Account of plague administration in the Bombay Presidency from September 1896 till May 1897
Year: 1896
Disease focus: Plague
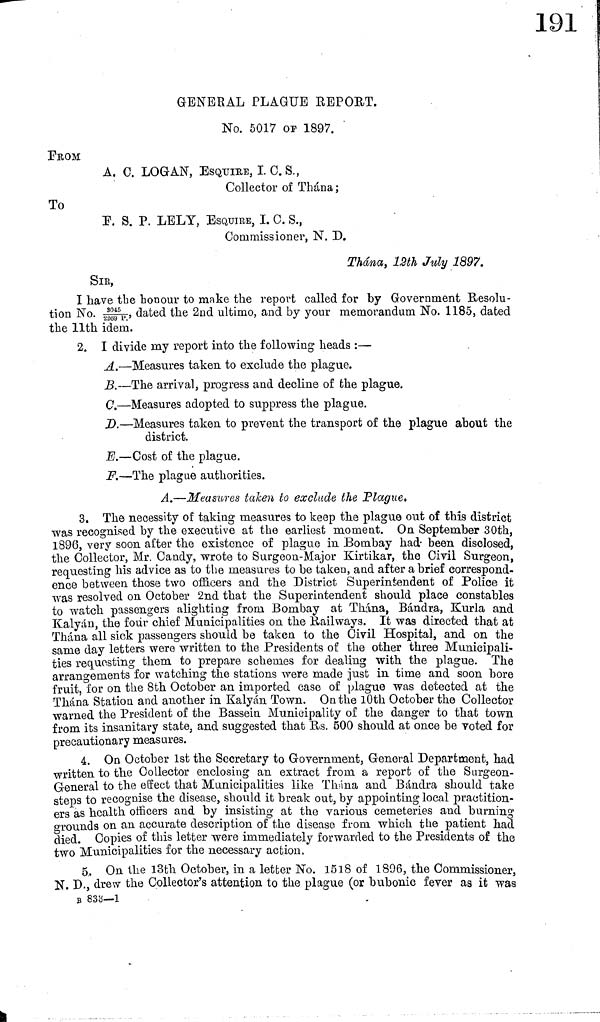
GENERAL PLAGUE REPORT.
No. 5017 OF 1897.
FROM
A. C. LOGAN, ESQUIRE, I. C. S.,
Collector of Thána;
To
F. S. P. LELY, ESQUIRE, I. C. S.,
Commissioner, N. D.
Thána, 12th July 1897.
SIR,
I have the honour to make the report called for by Government Resolu-
tion No. 3045 / 2269 P.' dated the 2nd ultimo, and by your memorandum No. 1185, dated
the 11th idem.
2. I divide my report into the following heads :—
A.—Measures taken to exclude the plague.
B.—The arrival, progress and decline of the plague.
C.—Measures adopted to suppress the plague.
D.—Measures taken to prevent the transport of the plague about the
district.
E.—Cost of the plague,
F.—The plague authorities.
A.—Measures taken to exclude the Plague.
3. The necessity of taking measures to keep the plague out of this district
was recognised by the executive at the earliest moment. On September 30th,
1896, very soon after the existence of plague in Bombay had been disclosed,
the Collector, Mr. Candy, wrote to Surgeon-Major Kirtikar, the Civil Surgeon,
requesting his advice as to the measures to be taken, and after a brief correspond-
ence between those two officers and the District Superintendent of Police it
was resolved on October 2nd that the Superintendent should place constables
to watch passengers alighting from Bombay at Thána, Bándra, Kurla and
Kalyán, the four chief Municipalities on the Railways. It was directed that at
Thána all sick passengers should be taken to the Civil Hospital, and on the
same day letters were written to the Presidents of the other three Municipali-
ties requesting them to prepare schemes for dealing with the plague. The
arrangements for watching the stations were made just in time and soon bore
fruit, for on the 8th October an imported case of plague was detected at the
Thána Station and another in Kalyán Town. On the 10th October the Collector
warned the President of the Bassein Municipality of the danger to that town
from its insanitary state, and suggested that Rs. 500 should at once be Toted for
precautionary measures.
4. On October 1st the Secretary to Government, General Department, had
written to the Collector enclosing an extract from a report of the Surgeon-
General to the effect that Municipalities like Thána and Bándra should take
steps to recognise the disease, should it break out, by appointing local practition-
ers as health officers and by insisting at the various cemeteries and burning
grounds on an accurate description of the disease from which the patient had
died. Copies of this letter were immediately forwarded to the Presidents of the
two Municipalities for the necessary action,
5. On the 13th October, in a letter No. 1518 of 1806, the Commissioner,
N. D., drew the Collector's attention to the plague (or bubonic fever as it was
B 833—1